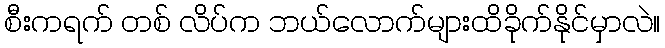
စီးကရက် တစ် လိပ်က ဘယ်လောက်များထိခိုက်နိုင်မှာလဲ။